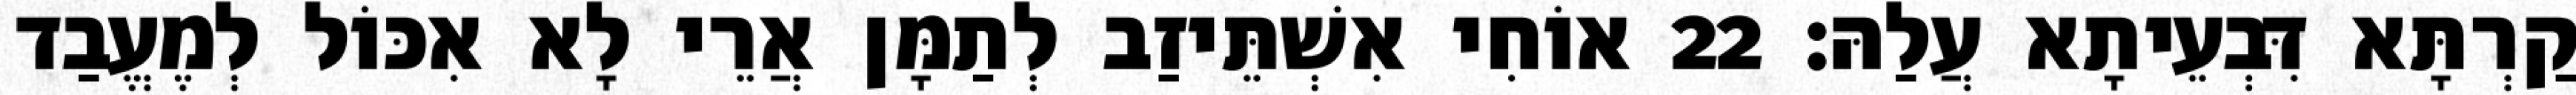
קַרְתָּא דִּבְעֵיתָא עֲלַהּ׃ 22 אוֹחִי אִשְׁתֵּיזַב לְתַמָּן אֲרֵי לָא אִכּוֹל לְמֶעֱבַד